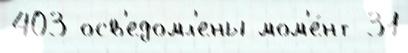
403 осв'едомл'ены мом'е́нт 31